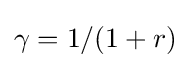
\gamma =1/(1+r)